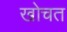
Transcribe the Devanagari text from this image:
खोचत